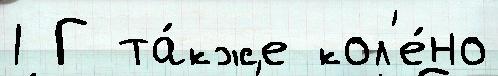
1 Г та́кже кол'е́но